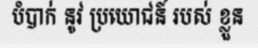
បំបាក់ នូវ ប្រយោជន៍ របស់ ខ្លួន